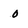
Character: o